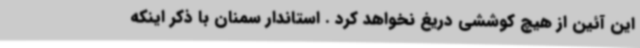
این آئین از هیچ کوششی دریغ نخواهد کرد . استاندار سمنان با ذکر اینکه